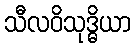
သီလဝိသုဒ္ဓိယာ